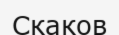
Скаков